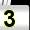
Digit: 3